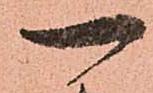
一